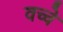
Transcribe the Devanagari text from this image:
वच्चे